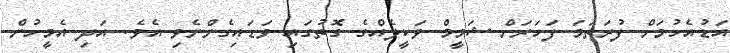
އަޑުއެހުމަށް ފުރަތަމަ ފަހަރަށް ޝަމީމް ވަކީލެއްގެ ގޮތުގައި ވަޑައިގެންނެވި އެވެ. އަދި އެމީހުން